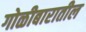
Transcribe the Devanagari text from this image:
गोळीबारातील